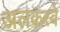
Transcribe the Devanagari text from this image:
अलकस्बे